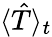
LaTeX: \langle\hat{T}\rangle_{t}